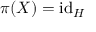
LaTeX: \pi ( X ) = \operatorname { i d } _ { H } \quad